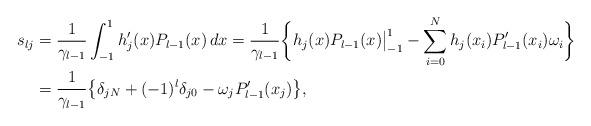
LaTeX: \begin{align*} s_{lj}&=\frac 1{\gamma_{l-1}}\int_{-1}^1 h_j'(x)P_{l-1}(x)\,dx= \frac 1{\gamma_{l-1}}\bigg\{h_j(x)P_{l-1}(x)\big|_{-1}^1-\sum_{i=0}^N h_j(x_i)P_{l-1}'(x_i) \omega_i\bigg\}\\&=\frac 1{\gamma_{l-1}}\big\{ \delta_{jN}+(-1)^l \delta_{j0}- \omega_j P_{l-1}'(x_j)\big\},\end{align*}